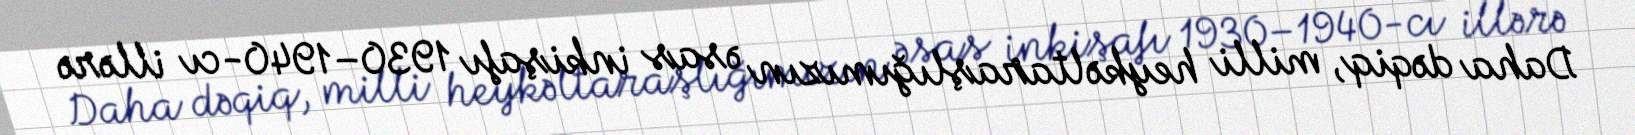
Daha dəqiq, milli heykəltaraşlığımızın əsas inkişafı 1930–1940-cı illərə